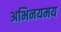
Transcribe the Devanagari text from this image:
अभिनयमय